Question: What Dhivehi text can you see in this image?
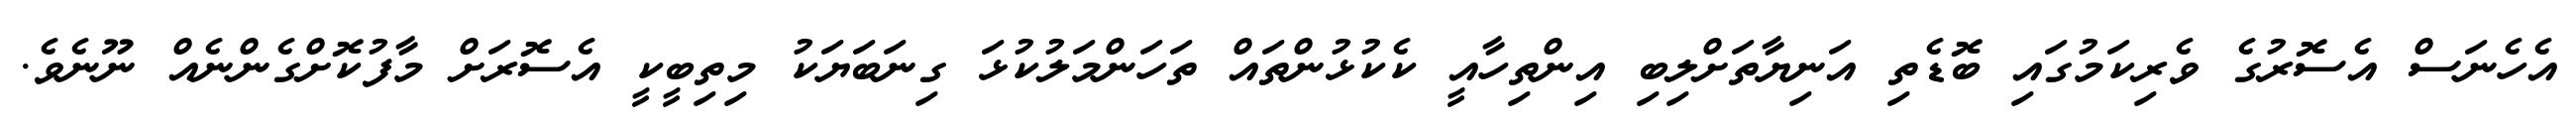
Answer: އެހެނަސް އެސޮރުގެ ވެރިކަމުގައި ބޮޑެތި އަނިޔާތަށްލިބި އިންތިހާއީ ކެކުޅުންތައް ތަހަންމަލުކުޅަ ގިނަބަޔަކު މިތިބީކީ އެސޮރަށް މާފުކޮށްގެންނެއް ނޫނެވެ.